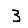
Digit: 3